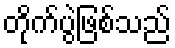
တိုက်ပွဲဖြစ်သည်